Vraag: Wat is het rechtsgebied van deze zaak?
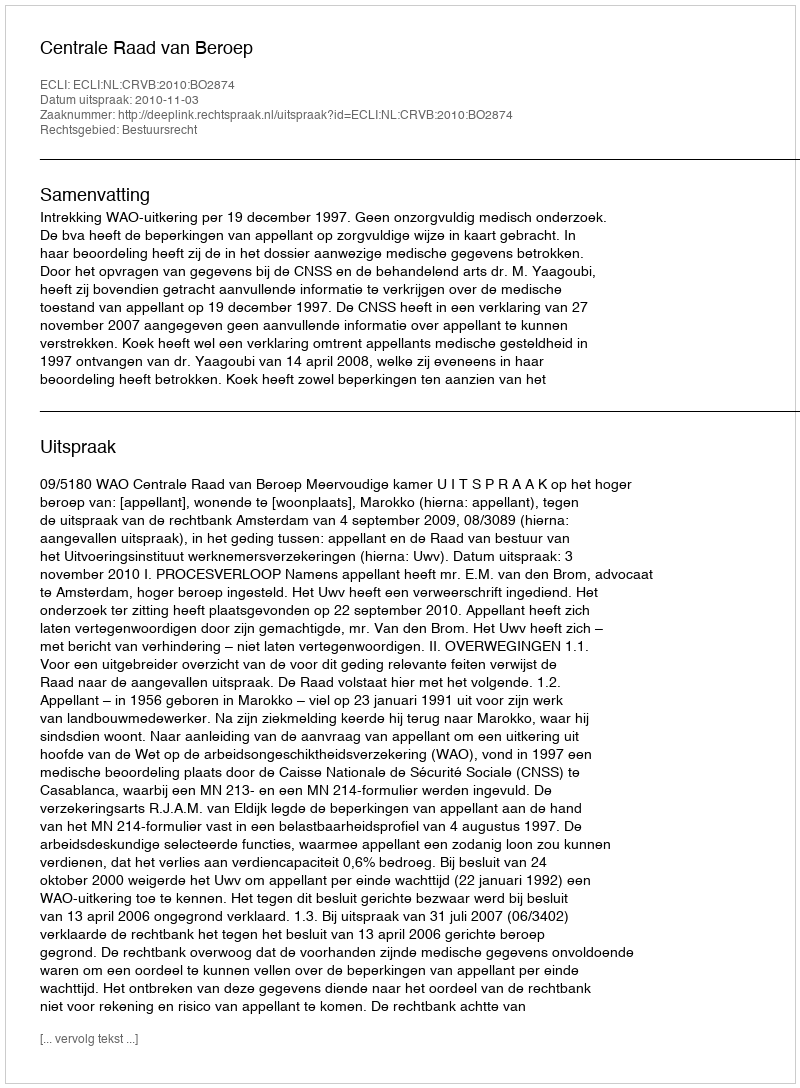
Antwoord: Bestuursrecht